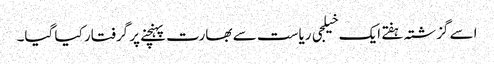
اسے گزشتہ ہفتے ایک خیلجی ریاست سے بھارت پہنچنے پر گرفتار کیا گیا۔